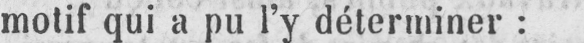
motif qui a pu l’y déterminer: